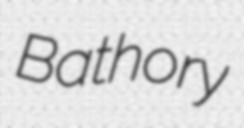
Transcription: Bathory